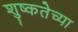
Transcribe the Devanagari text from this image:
शुष्कतेच्या